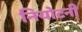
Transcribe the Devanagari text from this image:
नियोटनी